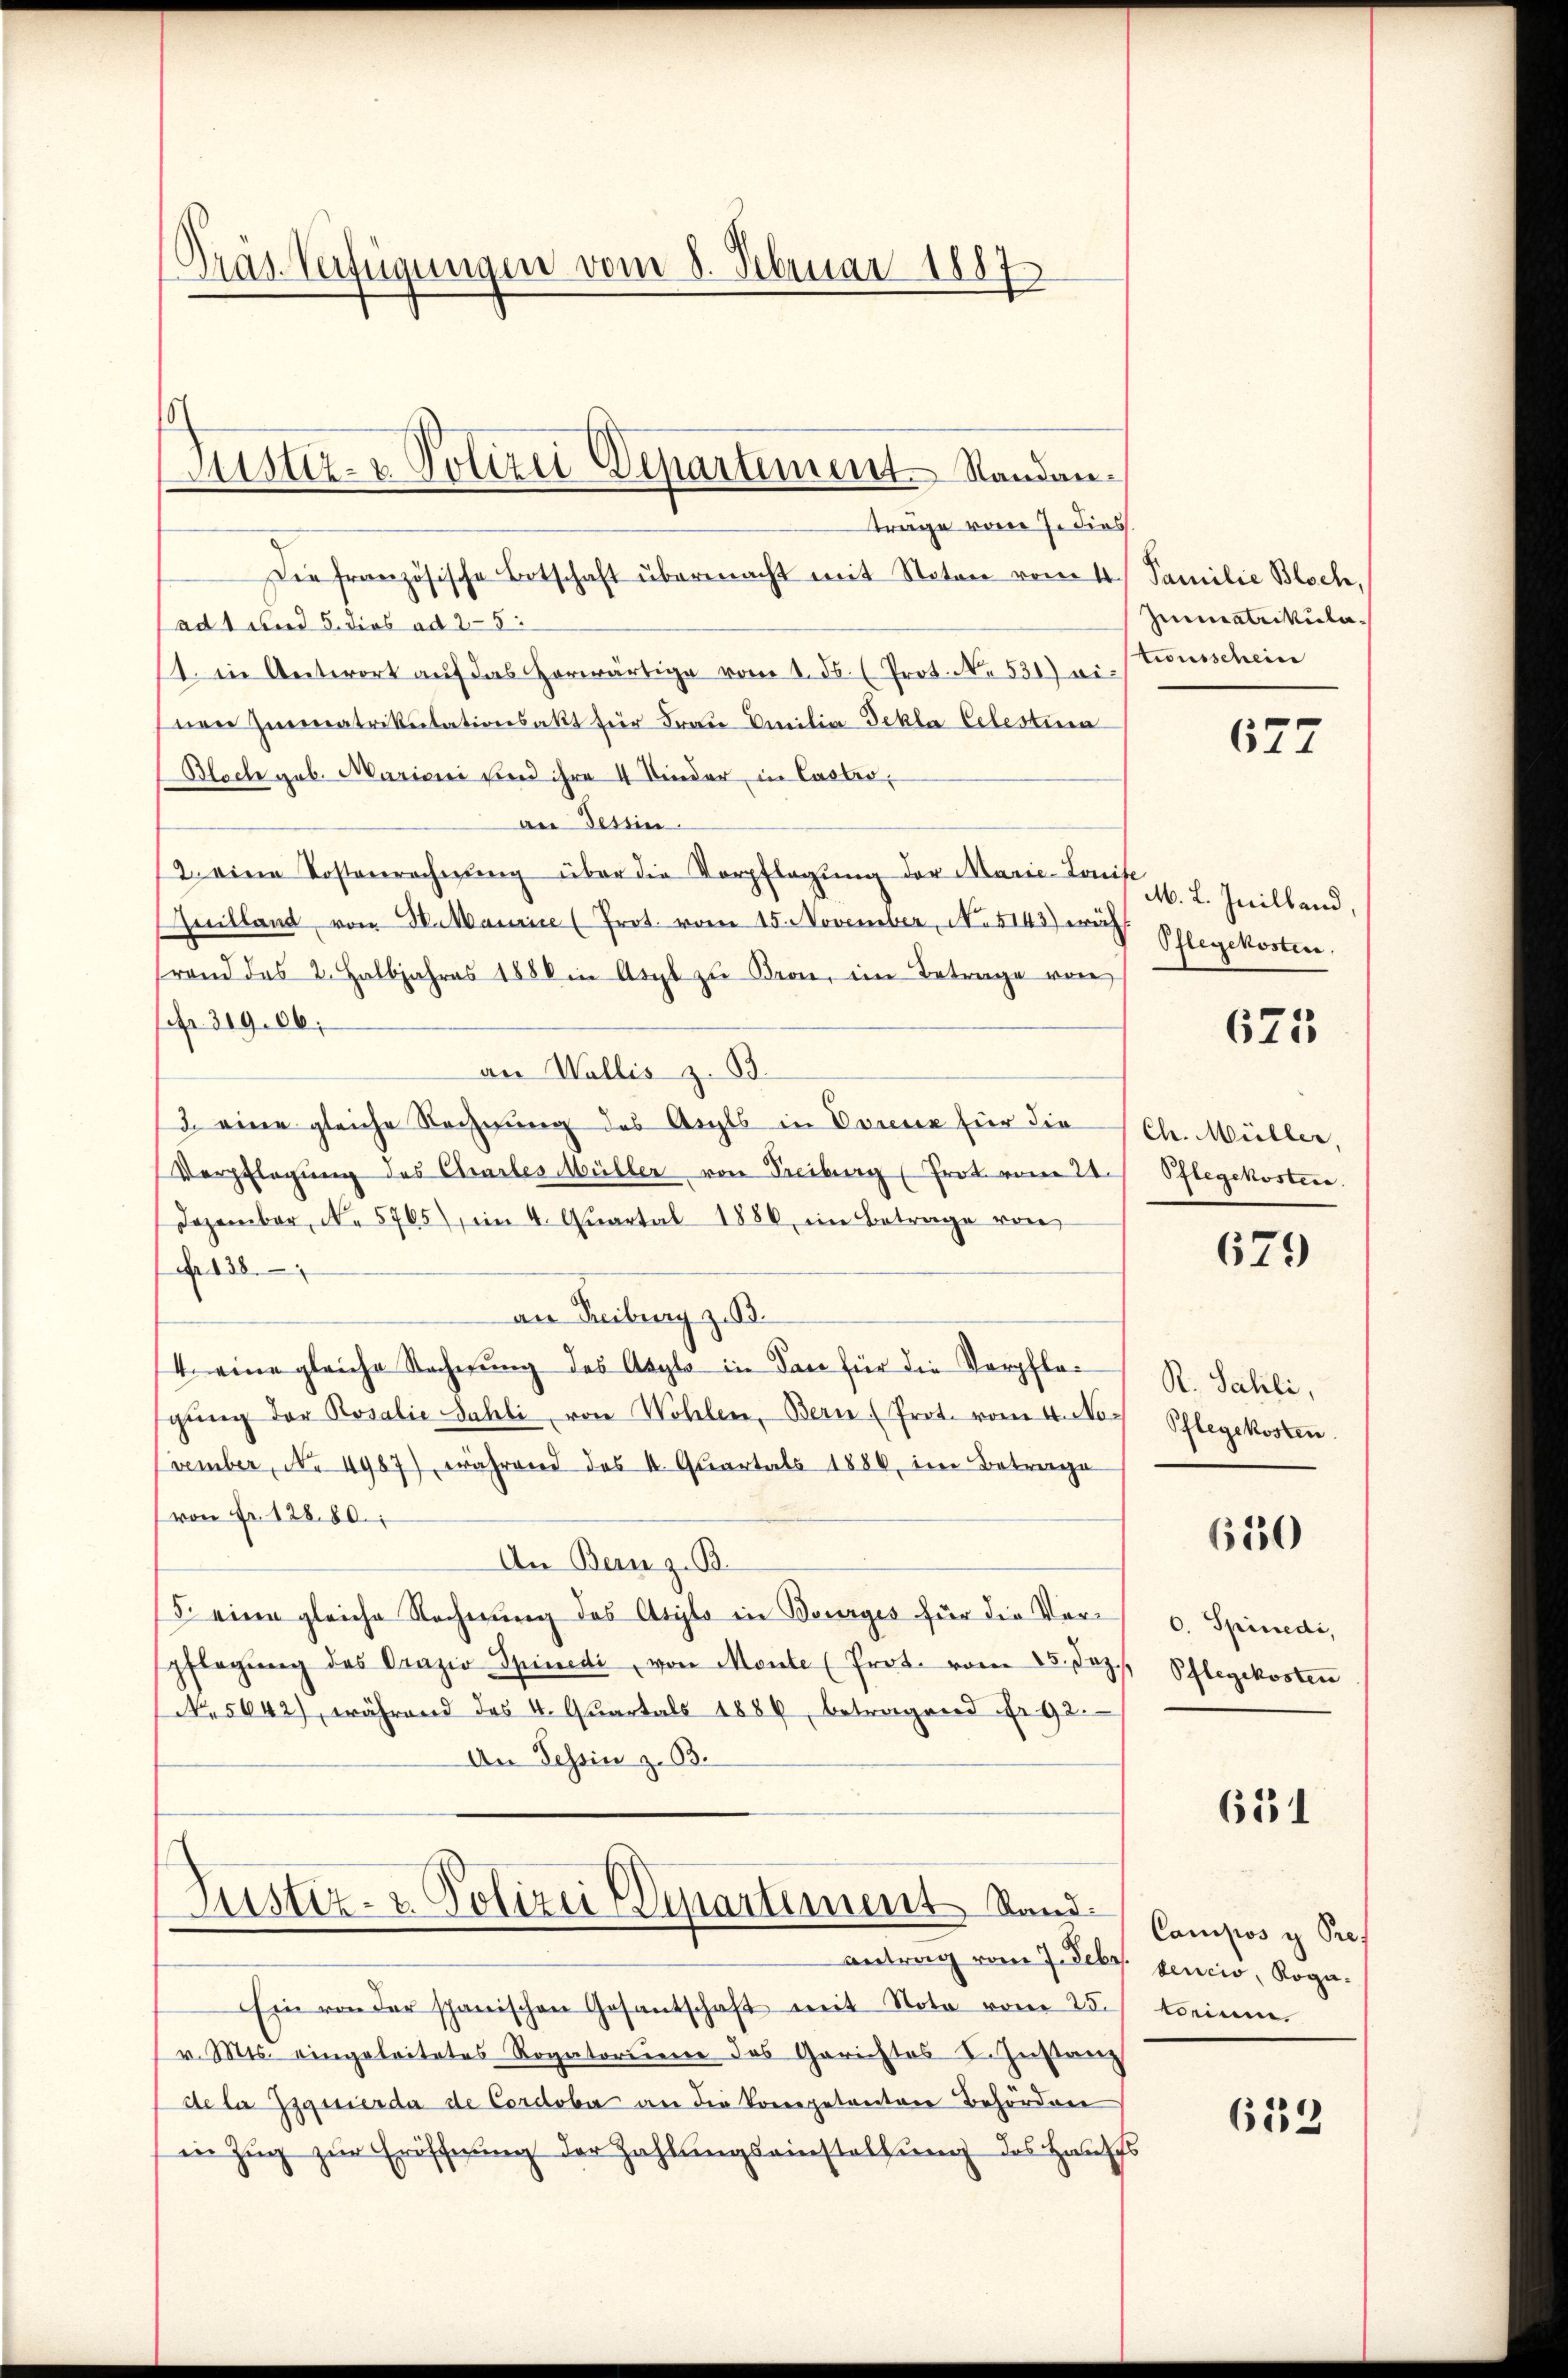
Präs. Verfügungen vom 8. Februar 1887

Justiz- & Polizei Departement. Standan¬

träge vom 7. dies.
Die französische Botschaft übermacht mit Noton vom 4. Familie Bloch,
ad 1 und 5. dies ad 25:
st. in Antwort aŭf das Horwärtige vom 1. ds. (Prot. No. 531) vitionsschein
nen Zimmatrikulationsakt für Frau Emilia Bekla Celestina
Bloch geb. Mariani und ihre 4 Kinder in Laster,
an Tessin.
12 eine Kostenrechnung über die Verpflegung der Marie-Cons. 1. J. Heilland,
Guilland von Nataurin (Prot. vom 15. November, No. 5143) wir Pflegekosten
rand das 2. Halbjahres 1880 in Arzt zu Kron, im Betrage von
 319. 06;
an Wallis z. B.
3. eine gleiche Rechnung des Arzts in Vorenz für die Ch. Müller,
Verpflegŭng des Chartes Müller von Freiburg (Prot vom 22. Pflegekosten.
Dezember, No 5765), im 4. Quartal 1886, im Betrage von
Nr. 138.
an Freiburg z. B.
4. eine gleiche Sacherung des Asyls in San für die Verpflegŭng der Rosalie Sahli von Wohlen, Bern (Prot. vom 4. November, No 4987), während des I. Quartals 1886, im Betrage
von Fr. 12880.
An Bern z. B.
5. eine gleiche Rechnung des Asylo in Bourges für die Verspflegŭng des Crazio Spinedi, von Monte (Prot. vom 25. Jez
No. 5642), während das 4. Quartals 1886, betragend Nr. 92.
An Tessin z. B.

Justiz- & Polizei Departement Stand.

antrag vom 7. Febr. pencio, Roga¬
Ein von der schanischen Gesantschaft mit Nota vom 25.
(v. Mts. eingeleitetes Rogatorieene das Gerichtes I. Instanz
de la quierda de Cordoba an die Porepetenten Behörden
in Zug zur Eröffnung der Zahlungseinstellung des Haupts

Immatrikula¬

677

675

679

R. Sahli,
Pflegekosten.

650

. Spinedi,
Pflegekosten

651

Canipos y Pres
torium.

6133